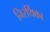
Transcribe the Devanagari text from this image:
निरर्थिका